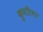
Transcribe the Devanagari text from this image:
कुमरिया